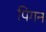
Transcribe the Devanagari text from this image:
पिगन